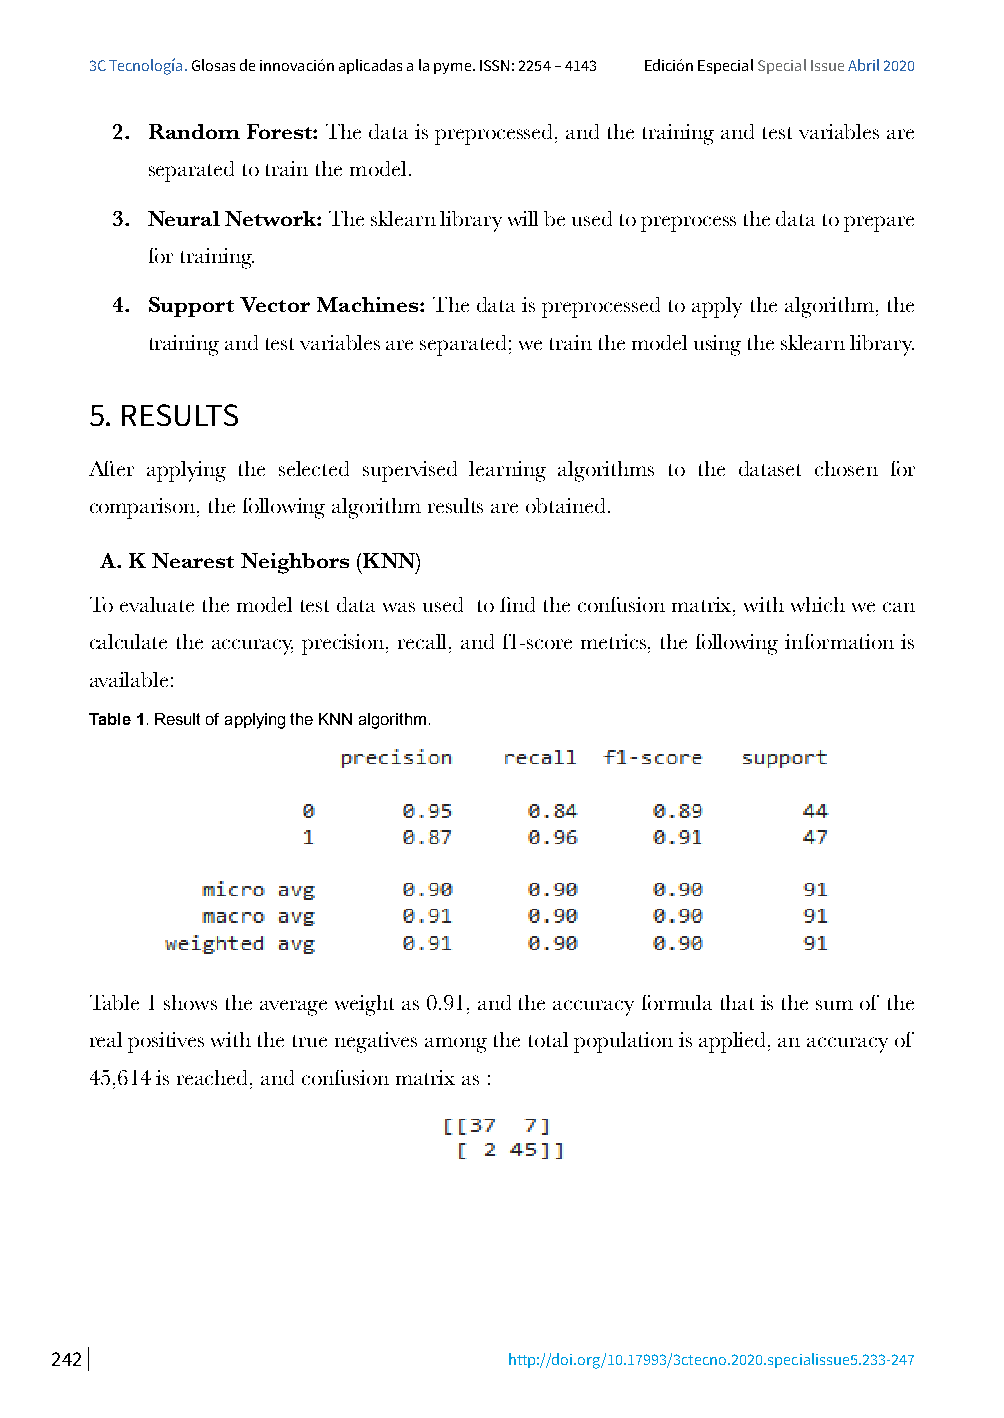
3C Tecnología. Glosas de innovación aplicadas a la pyme. ISSN: 2254 – 4143 Edición Especial Special Issue Abril 2020
 2. Random Forest: The data is preprocessed, and the training and test variables are
 separated to train the model.
 3. Neural Network: The sklearn library will be used to preprocess the data to prepare
 for training.
 4. Support Vector Machines: The data is preprocessed to apply the algorithm, the
 training and test variables are separated; we train the model using the sklearn library.
 5. RESULTS
 After applying the selected supervised learning algorithms to the dataset chosen for
 comparison, the following algorithm results are obtained.
 A. K Nearest Neighbors (KNN)
 To evaluate the model test data was used to find the confusion matrix, with which we can
 calculate the accuracy, precision, recall, and f1-score metrics, the following information is
 available:
 Table 1. Result of applying the KNN algorithm.
 Table 1 shows the average weight as 0.91, and the accuracy formula that is the sum of the
 real positives with the true negatives among the total population is applied, an accuracy of
 45,614 is reached, and confusion matrix as :
 242                            http://doi.org/10.17993/3ctecno.2020.specialissue5.233-247